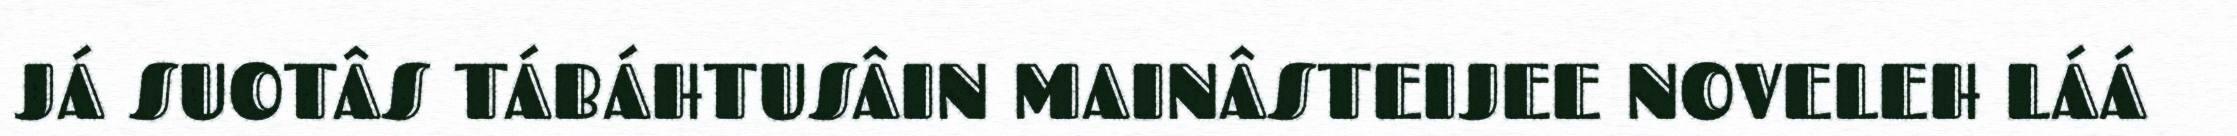
JÁ SUOTÂS TÁBÁHTUSÂIN MAINÂSTEIJEE NOVELEH LÁÁ